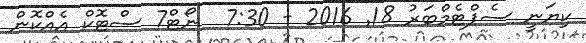
ކިޔަނީ ސެޕްޓެމްބަރު 18